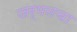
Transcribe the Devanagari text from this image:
जर्मनचा